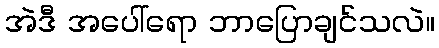
အဲဒီ အပေါ်ရော ဘာပြောချင်သလဲ။